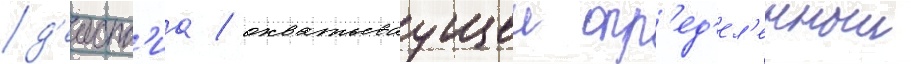
д'еиств'иа / охватываущеи опр'ед'ел'енныи